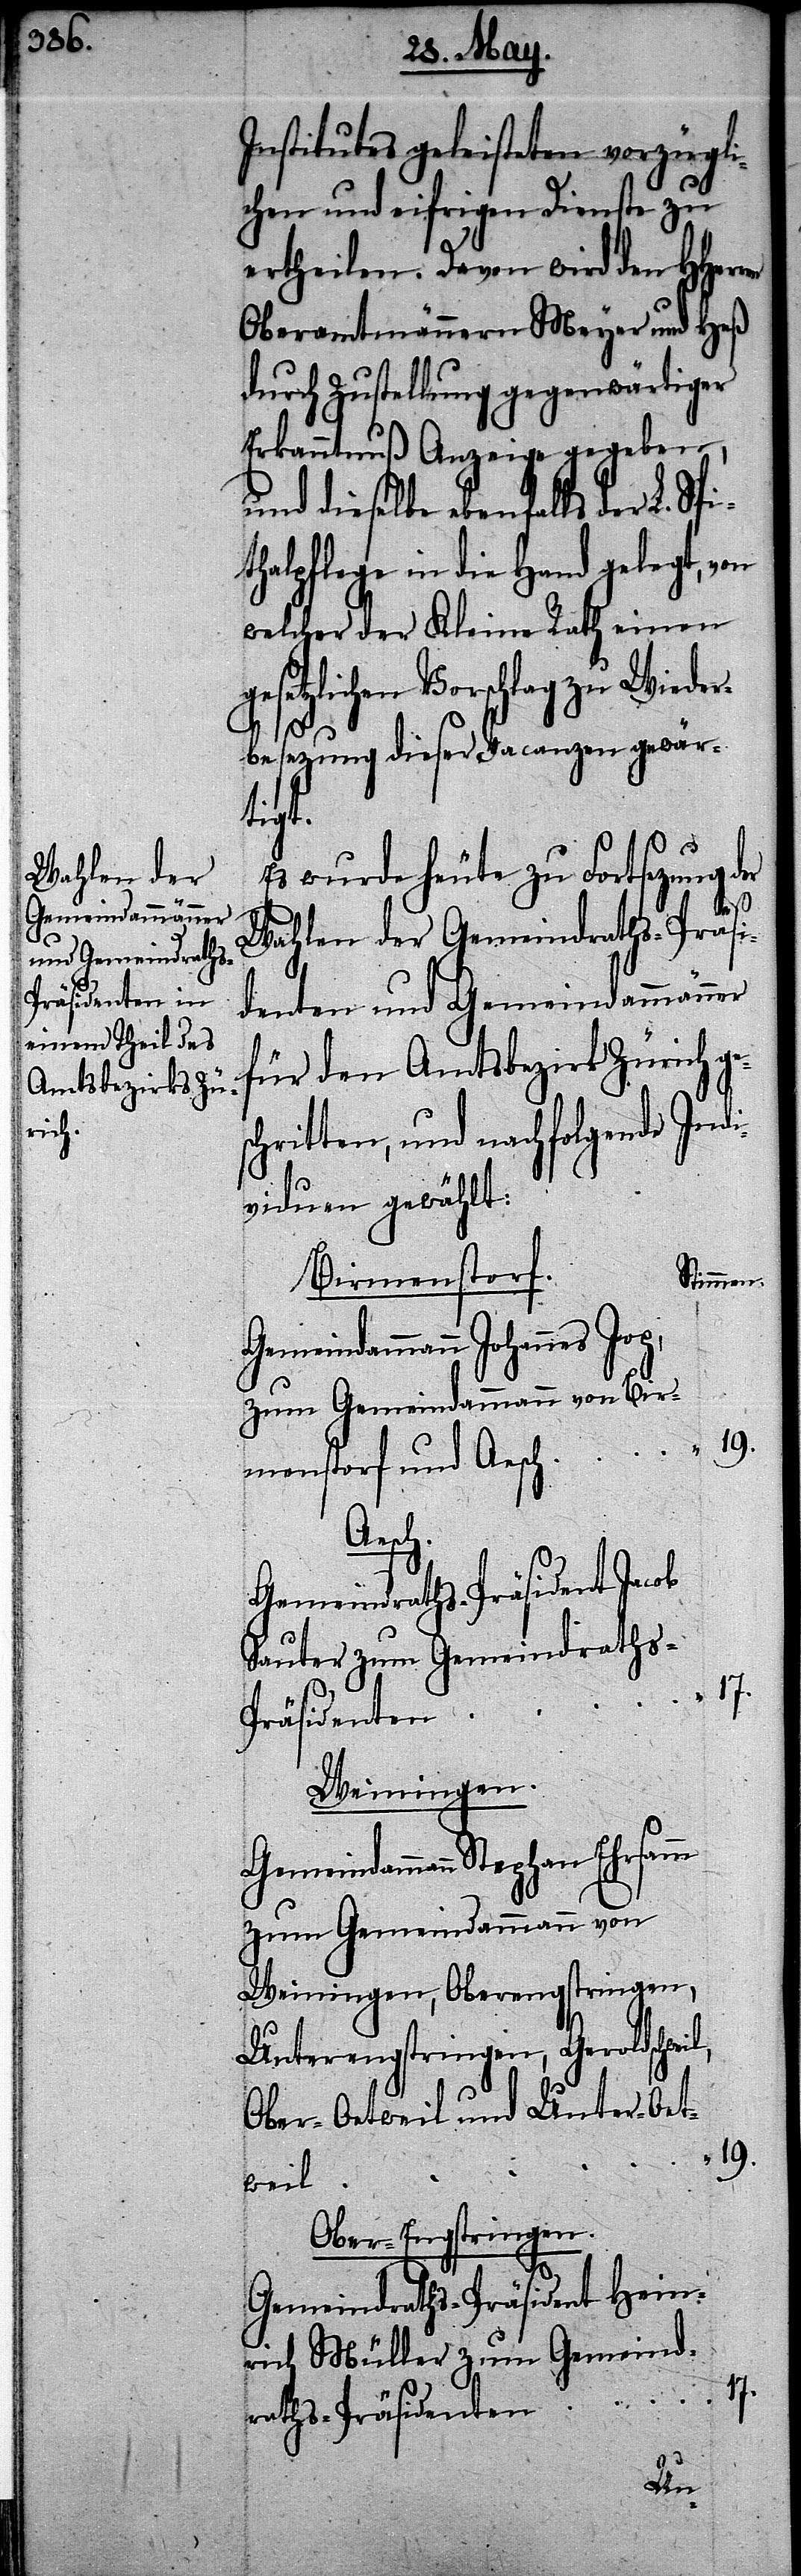
Gemeindammann

Institutes geleisteten vorzügli¬
chen und eifrigen Dienste zu
ertheilen. Davon wird den HHer¬
Oberamtmännern Meyer und Heß
durch Zustellung gegenwärtiger
Erkanntnuß Anzeige gegeben,
und dieselbe ebenfalls der L. Spi¬
thalpflege in die Hand gelegt, von
welcher der Kleine Rath einen
gesetzlichen Vorschlag zu Wieder¬
“
besezung dieser Vacanz gewär¬
tigt.
Es wurde heute zu Fortsezung der
ren
Wahlen der Gemeindraths-Präsi¬
dent und Gemeindammänner
für den Amtsbezirk Zürich ge¬
schritten, und nachfolgende Indi¬
viduen gewählt:
Birmenstorf.
Stimmen.
zum Gemeindammann von Bir¬
19.
menstorf und Aesch
Aesch.
Gemeindraths-Präsident Jacob
Sauter zum Gemeindraths-P¬
“
17.
räsidenten
Weiningen.
zum Gemeindammann von
Weinigen, Oberengstringen,
Unterengstringen, Geroldschwei¬
Ober-Oetweil und Unter-Oet¬
weil
Ober-Engstringen.
Gemeindraths-Präsident Hein¬
rich Müller zum Gemeind¬
raths-Präsidenten